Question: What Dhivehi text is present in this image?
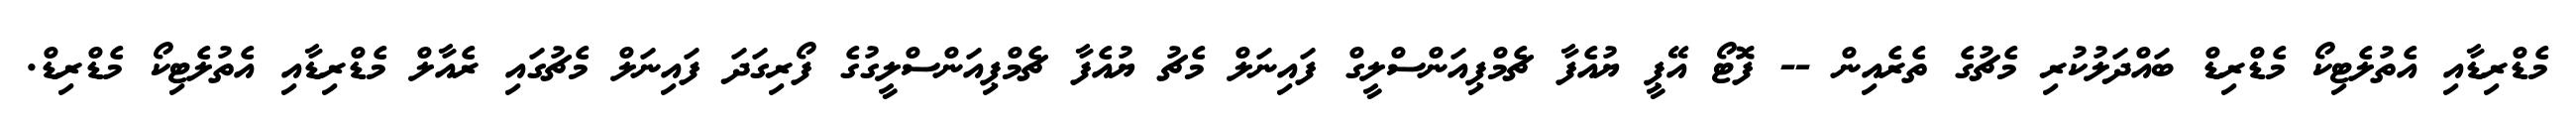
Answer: މެޑްރިޑާއި އެތުލެޓިކޯ މެޑްރިޑް ބައްދަލުކުރި މެޗުގެ ތެރެއިން -- ފޮޓޯ އޭޕީ ޔުއެފާ ޗެމްޕިއަންސްލީގް ފައިނަލް މެޗު ޔުއެފާ ޗެމްޕިއަންސްލީގުގެ ފޯރިގަދަ ފައިނަލް މެޗުގައި ރެއާލް މެޑްރިޑާއި އެތުލެޓިކޯ މެޑްރިޑް.